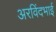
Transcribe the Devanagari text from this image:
अरविंदभाई